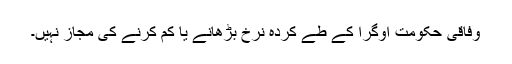
وفاقی حکومت اوگرا کے طے کردہ نرخ بڑھانے یا کم کرنے کی مجاز نہیں۔